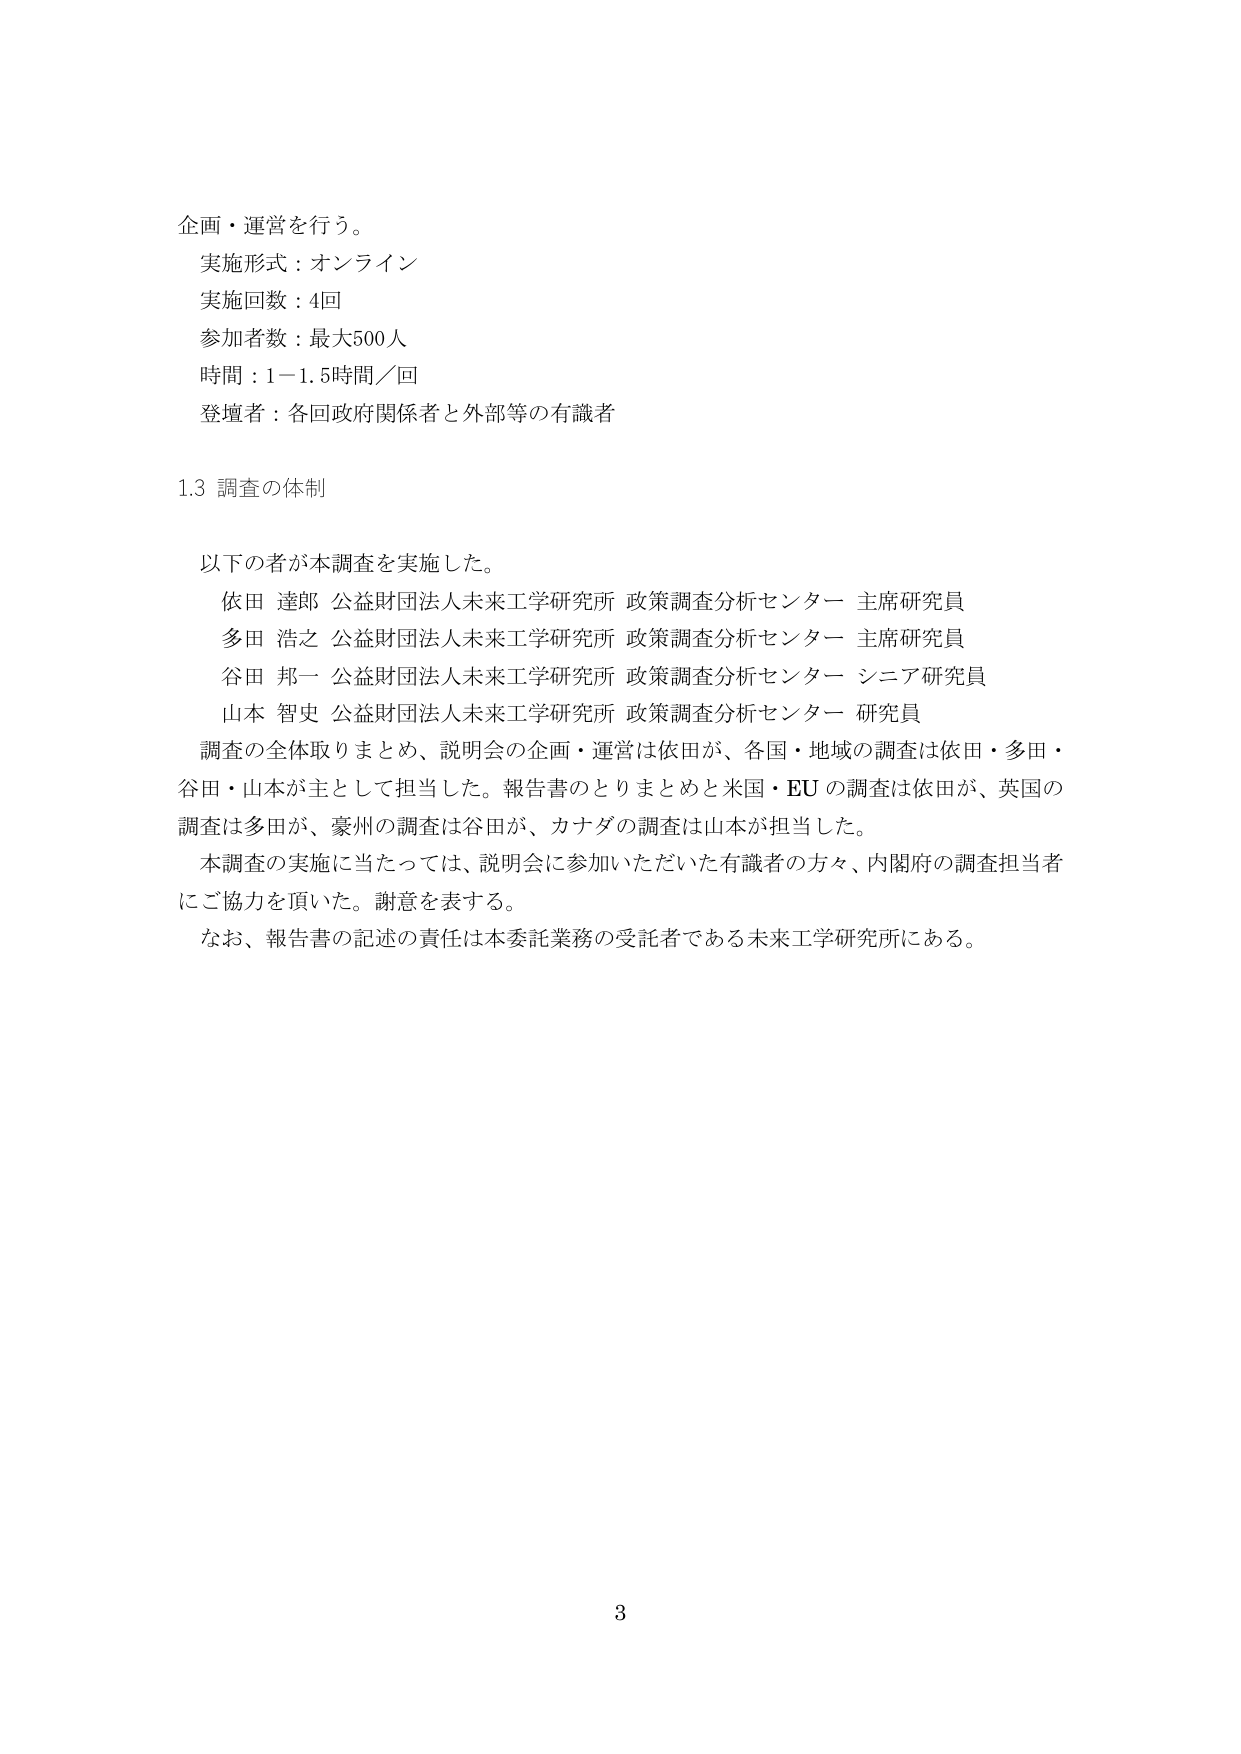
企画・運営を行う。
実施形式：オンライン
実施回数：4回
参加者数：最大500人
時間：1－1.5時間／回
登壇者：各回政府関係者と外部等の有識者

1.3 調査の体制

以下の者が本調査を実施した。
依田 達郎 公益財団法人未来工学研究所 政策調査分析センター 主席研究員
多田 浩之 公益財団法人未来工学研究所 政策調査分析センター 主席研究員
谷田 邦一 公益財団法人未来工学研究所 政策調査分析センター シニア研究員
山本 智史 公益財団法人未来工学研究所 政策調査分析センター 研究員

調査の全体取りまとめ、説明会の企画・運営は依田が、各国・地域の調査は依田・多田・谷田・山本が主として担当した。報告書のとりまとめと米国・EUの調査は依田が、英国の調査は多田が、豪州の調査は谷田が、カナダの調査は山本が担当した。

本調査の実施に当たっては、説明会に参加いただいた有識者の方々、内閣府の調査担当者にご協力を頂いた。謝意を表する。

なお、報告書の記述の責任は本委託業務の受託者である未来工学研究所にある。

3